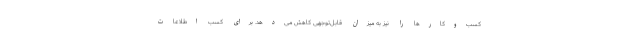
کسب‌وکارها را نیز به میزان قابل‌توجهی کاهش می‌دهد. برای کسب اطلاعات